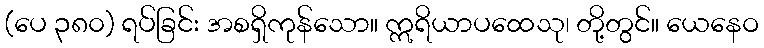
(ပေ ၃၈၀) ရပ်ခြင်း အစရှိကုန်သော။ ဣရိယာပထေသု၊ တို့တွင်။ ယေနေဝ